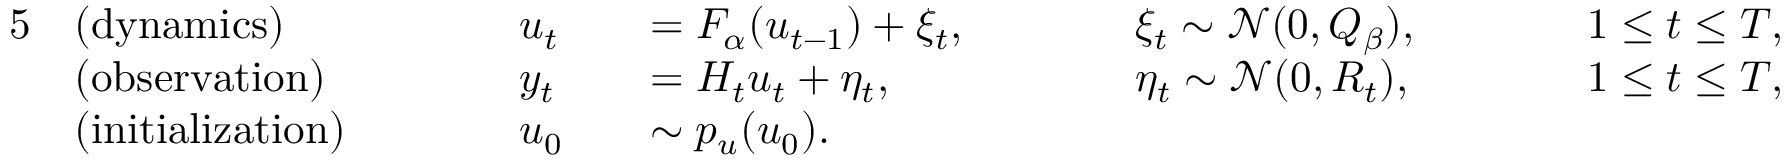
\begin{array} { r l r l r l r l r l } { { 5 } } & { \mathrm { ( d y n a m i c s ) } } & & { \quad \quad u _ { t } } & & { = F _ { \alpha } ( u _ { t - 1 } ) + \xi _ { t } , \quad \quad } & & { \xi _ { t } \sim \mathcal { N } ( 0 , Q _ { \beta } ) , \quad \quad } & & { 1 \le t \le T , } \\ & { \mathrm { ( o b s e r v a t i o n ) } } & & { \quad \quad y _ { t } } & & { = H _ { t } u _ { t } + \eta _ { t } , \quad \quad } & & { \eta _ { t } \sim \mathcal { N } ( 0 , R _ { t } ) , \quad \quad } & & { 1 \le t \le T , } \\ & { \mathrm { ( i n i t i a l i z a t i o n ) } } & & { \quad \quad u _ { 0 } } & & { \sim p _ { u } ( u _ { 0 } ) . } \end{array}